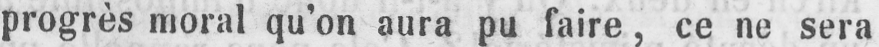
progrès moral qu’on aura pu faire, ce ne sera